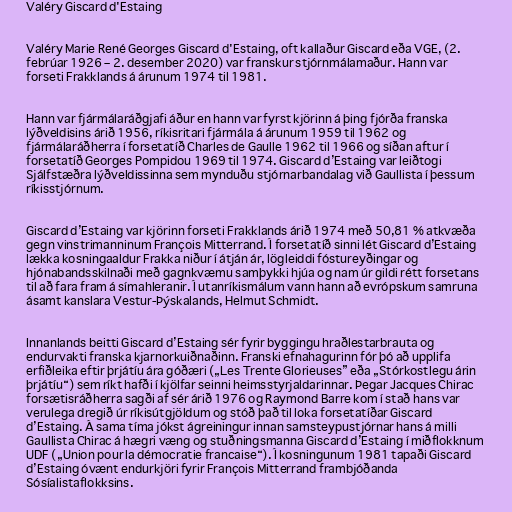
Valéry Giscard d'Estaing

Valéry Marie René Georges Giscard d'Estaing, oft kallaður Giscard eða VGE, (2.
febrúar 1926 – 2. desember 2020) var franskur stjórnmálamaður. Hann var
forseti Frakklands á árunum 1974 til 1981.

Hann var fjármálaráðgjafi áður en hann var fyrst kjörinn á þing fjórða franska
lýðveldisins árið 1956, ríkisritari fjármála á árunum 1959 til 1962 og
fjármálaráðherra í forsetatíð Charles de Gaulle 1962 til 1966 og síðan aftur í
forsetatíð Georges Pompidou 1969 til 1974. Giscard d’Estaing var leiðtogi
Sjálfstæðra lýðveldissinna sem mynduðu stjórnarbandalag við Gaullista í þessum
ríkisstjórnum.

Giscard d’Estaing var kjörinn forseti Frakklands árið 1974 með 50,81 % atkvæða
gegn vinstrimanninum François Mitterrand. Í forsetatíð sinni lét Giscard d’Estaing
lækka kosningaaldur Frakka niður í átján ár, lögleiddi fóstureyðingar og
hjónabandsskilnaði með gagnkvæmu samþykki hjúa og nam úr gildi rétt forsetans
til að fara fram á símahleranir. Í utanríkismálum vann hann að evrópskum samruna
ásamt kanslara Vestur-Þýskalands, Helmut Schmidt.

Innanlands beitti Giscard d’Estaing sér fyrir byggingu hraðlestarbrauta og
endurvakti franska kjarnorkuiðnaðinn. Franski efnahagurinn fór þó að upplifa
erfiðleika eftir þrjátíu ára góðæri („Les Trente Glorieuses” eða „Stórkostlegu árin
þrjátíu“) sem ríkt hafði í kjölfar seinni heimsstyrjaldarinnar. Þegar Jacques Chirac
forsætisráðherra sagði af sér árið 1976 og Raymond Barre kom í stað hans var
verulega dregið úr ríkisútgjöldum og stóð það til loka forsetatíðar Giscard
d’Estaing. Á sama tíma jókst ágreiningur innan samsteypustjórnar hans á milli
Gaullista Chirac á hægri væng og stuðningsmanna Giscard d’Estaing í miðflokknum
UDF („Union pour la démocratie francaise“). Í kosningunum 1981 tapaði Giscard
d’Estaing óvænt endurkjöri fyrir François Mitterrand frambjóðanda
Sósíalistaflokksins.